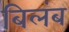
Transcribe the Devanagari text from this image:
बिलंब